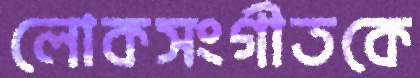
লোকসংগীতকে